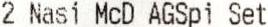
2 NASI MCD AGSPI SET